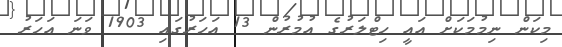
މިކަން ނިމުމަކަށް އައީ ހިޓްލަރުގެ އުމުރުން 13 އަހަރުގައި 1903 ވަނަ އަހަރު